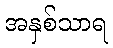
အနှစ်သာရ